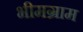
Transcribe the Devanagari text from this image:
भीमग्राम